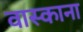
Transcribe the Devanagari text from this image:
वास्काना